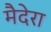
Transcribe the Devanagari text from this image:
मैदेरा